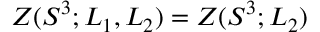
{ \cal Z } ( S ^ { 3 } ; L _ { 1 } , L _ { 2 } ) = { \cal Z } ( S ^ { 3 } ; L _ { 2 } )